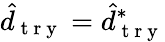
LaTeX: \hat{d}_{\mathrm{~t~r~y~}}=\hat{d}_{\mathrm{~t~r~y~}}^{*}